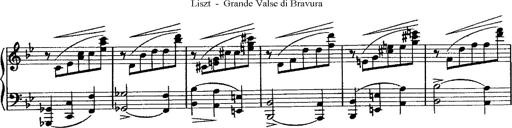
Title: Grande valse di bravura
Composer: Franz Liszt